Lunatic asylums Madras 1877-1891 - 1877-1891
Year: 1877
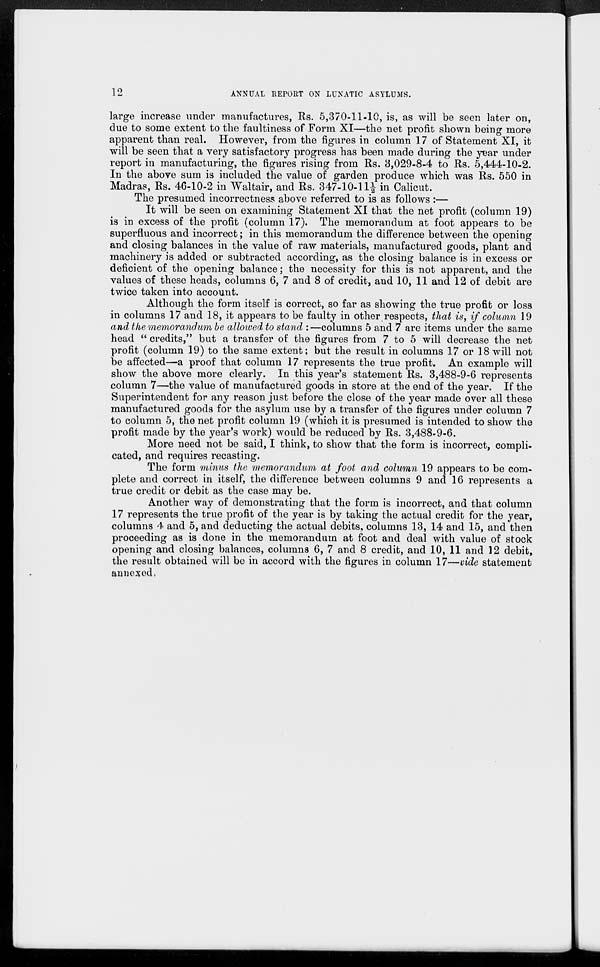
12
ANNUAL REPORT ON LUNATIC ASYLUMS.
large increase under manufactures, Rs. 5,370-11-10, is, as will be seen later on,
due to some extent to the faultiness of Form XI—the net profit shown being more
apparent than real. However, from the figures in column 17 of Statement XI, it
will be seen that a very satisfactory progress has been made during the year under
report in manufacturing, the figures rising from Rs. 3,029-8-4 to Rs. 5,444-10-2.
In the above sum is included the value of garden produce which was Rs. 550 in
Madras, Rs. 46-10-2 in Waltair, and Rs. 347-10-11½ in Calicut.
The presumed incorrectness above referred to is as follows :—
It will be seen on examining Statement XI that the net profit (column 19)
is in excess of the profit (column 17). The memorandum at foot appears to be
superfluous and incorrect ; in this memorandum the difference between the opening
and closing balances in the value of raw materials, manufactured goods, plant and
machinery is added or subtracted according, as the closing balance is in excess or
deficient of the opening balance ; the necessity for this is not apparent, and the
values of these heads, columns 6, 7 and 8 of credit, and 10, 11 and 12 of debit are
twice taken into account.
Although the form itself is correct, so far as showing the true profit or loss
in columns 17 and 18, it appears to be faulty in other respects, that is, if column 19
and the memorandum be allowed to stand :—columns 5 and 7 are items under the same
head " credits," but a transfer of the figures from 7 to 5 will decrease the net
profit (column 19) to the same extent; but the result in columns 17 or 18 will not
be affected—a proof that column 17 represents the true profit. An example will
show the above more clearly. In this year's statement Rs. 3,488-9-6 represents
column 7—the value of manufactured goods in store at the end of the year. If the
Superintendent for any reason just before the close of the year made over all these
manufactured goods for the asylum use by a transfer of the figures under column 7
to column 5, the net profit column 19 (which it is presumed is intended to show the
profit made by the year's work) would be reduced by Rs. 3,488-9-6.
More need not be said, I think, to show that the form is incorrect, compli-
cated, and requires recasting.
The form minus the memorandum at foot and column 19 appears to be com-
plete and correct in itself, the difference between columns 9 and 16 represents a
true credit or debit as the case may be.
Another way of demonstrating that the form is incorrect, and that column
17 represents the true profit of the year is by taking the actual credit for the year,
columns 4 and 5, and deducting the actual debits, columns 13, 14 and 15, and then
proceeding as is done in the memorandum at foot and deal with value of stock
opening and closing balances, columns 6, 7 and 8 credit, and 10, 11 and 12 debit,
the result obtained will be in accord with the figures in column 17—vide statement
annexed.